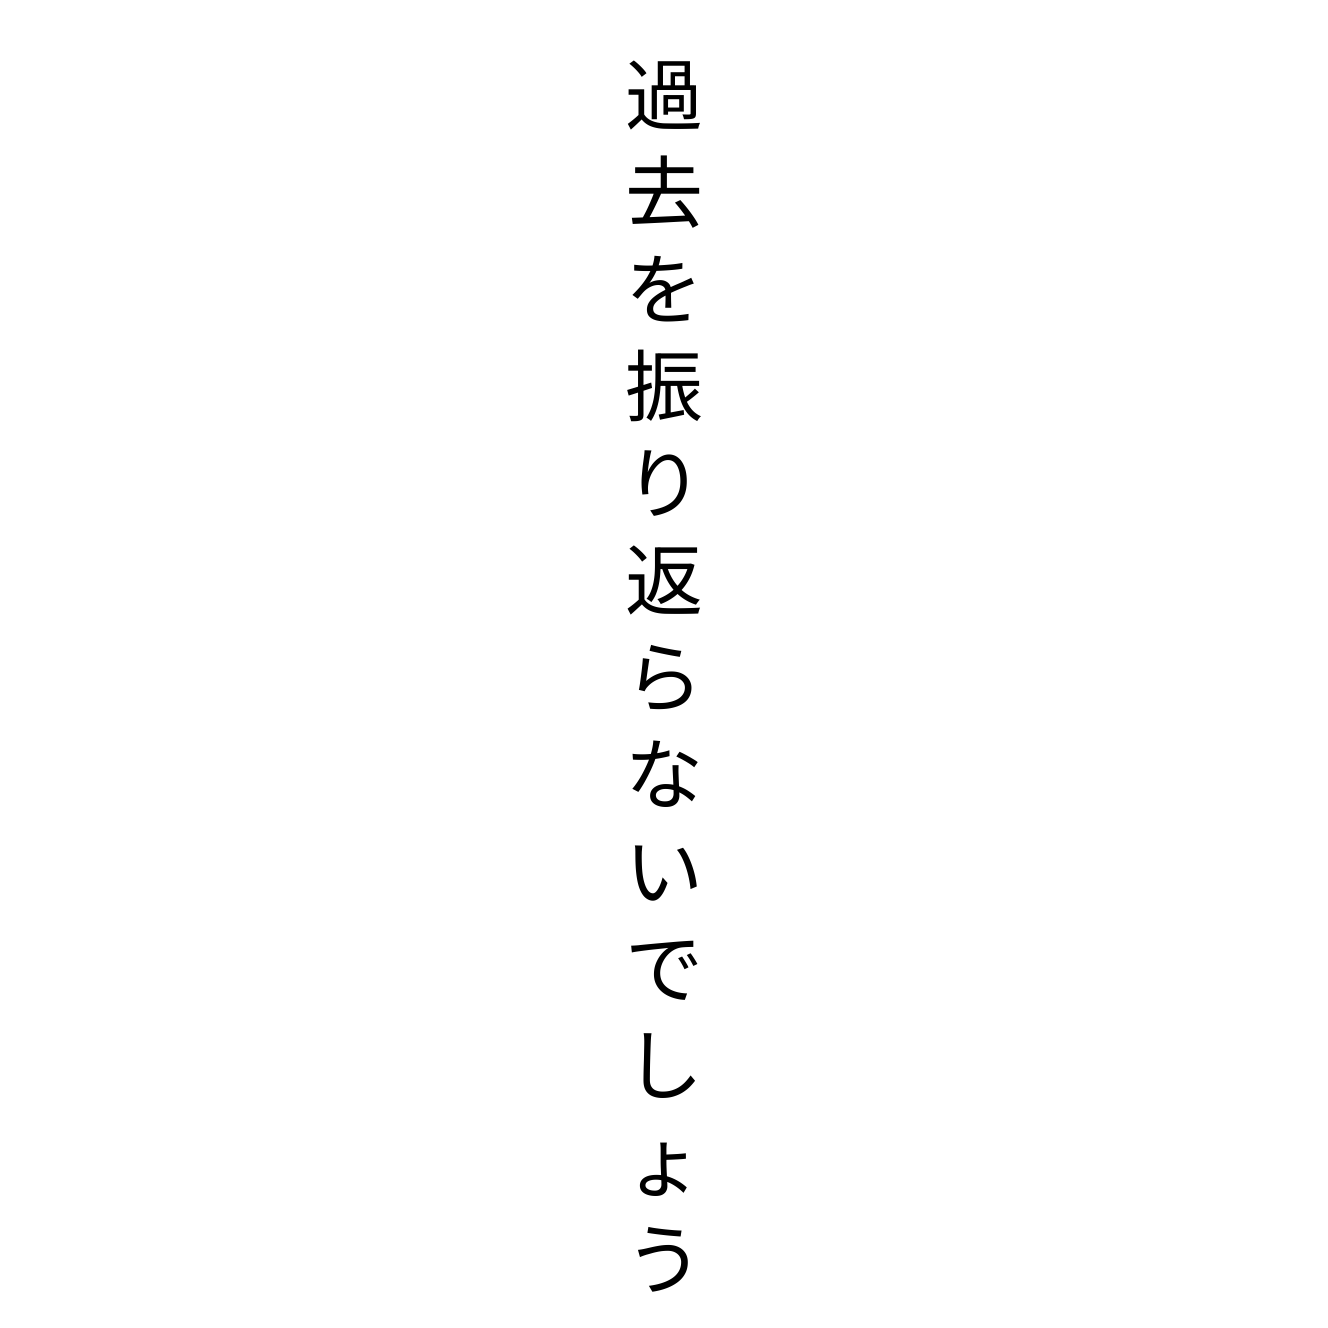
過去を振り返らないでしょう